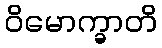
ဝိမောက္ခာတိ